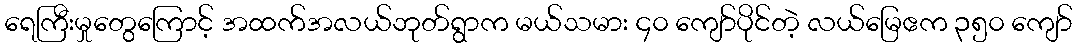
ရေကြီးမှုတွေကြောင့် အထက်အလယ်ဘုတ်ရွာက မယ်သမား ၄၀ ကျော်ပိုင်တဲ့ လယ်မြေဧက ၃၅၀ ကျော်